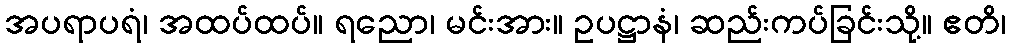
အပရာပရံ၊ အထပ်ထပ်။ ရညော၊ မင်းအား။ ဥပဋ္ဌာနံ၊ ဆည်းကပ်ခြင်းသို့။ ဧတိ၊